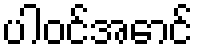
ပါဝင်အောင်